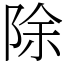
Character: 除